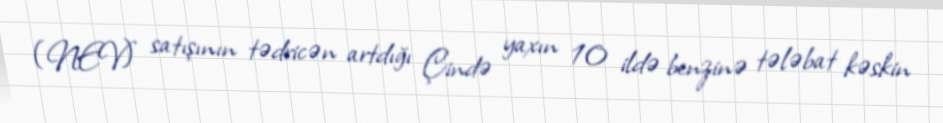
(NEV) satışının tədricən artdığı Çində yaxın 10 ildə benzinə tələbat kəskin